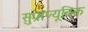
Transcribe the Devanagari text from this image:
सुप्राप्यूबिक